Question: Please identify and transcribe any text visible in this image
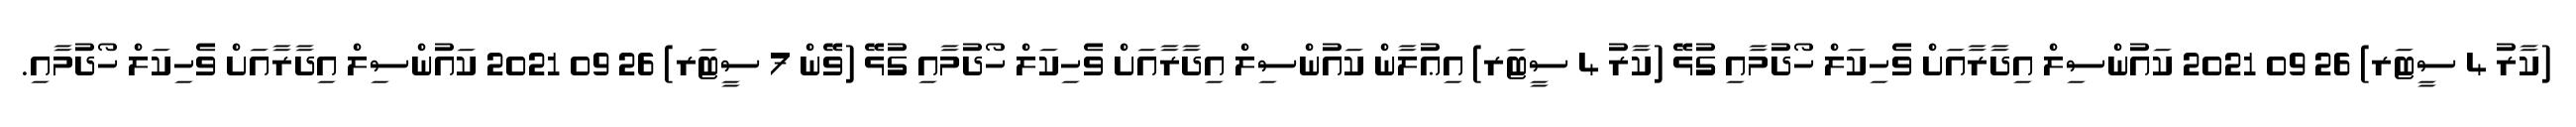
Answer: (ކާރު 4 ސީޓަރ) 26 09 2021 ކައުންސިލް އިދާރާއަށް ވެހިކަލް ހޯދުމާއި ގުޅޭ (ކާރު 4 ސީޓަރ) އިޢުލާން ކައުންސިލް އިދާރާއަށް ވެހިކަލް ހޯދުމާއި ގުޅޭ (ވޭން 7 ސީޓަރ) 26 09 2021 ކައުންސިލް އިދާރާއަށް ވެހިކަލް ހޯދުމާއި.